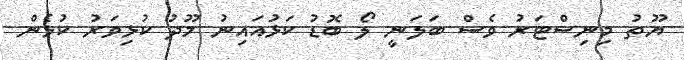
ޔޫތު މިނިސްޓަރު ވެސް ބަަލަނީ ލޯ ބޮޑު ކަޅުއައިނު މޫދު ކުޅިވަރު ކުޅެން